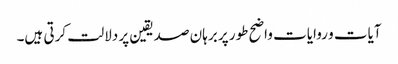
آیات و روایات واضح طور پر برہان صدیقین پر دلالت کرتی ہیں۔